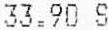
33.90 S